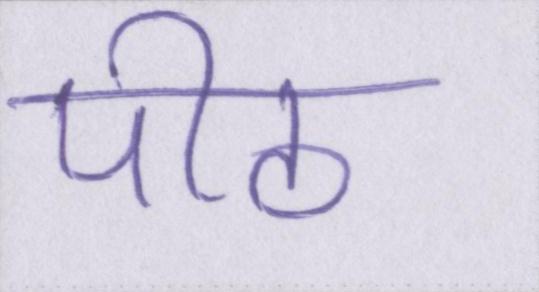
पीठ